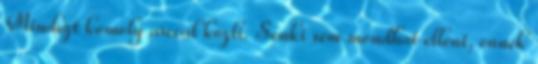
Mindezt komoly arccal közli. Senki sem mondhat ellent, ennek